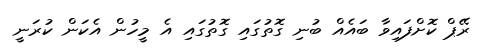
ރޭޕް ކޮށްފައިވާ ބައެއް ބުނި ގޮތުގައި ގޮތުގައި އެ މީހުން އެކަން ކުރަނީ